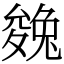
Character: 㕙